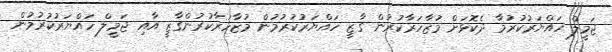
ޖަމީލް ހައްޔަރުކުރުމާ ދެކޮޅަށް މުޒާހަރާކުރުން ގާޒީ ހައްޔަރުކުރުމުން މުޒާހަރާކުރުންގާޒީ އާއި ޖަމީލް ހައްޔަރުކުރުމުން